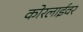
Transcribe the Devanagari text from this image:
कोरलाईवर